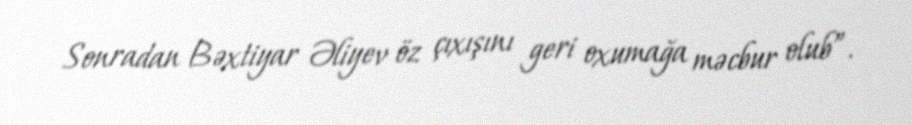
Sonradan Bəxtiyar Əliyev öz çıxışını geri oxumağa məcbur olub”.